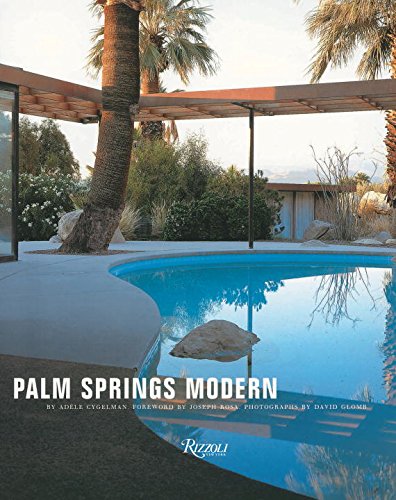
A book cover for Palm Springs Modern: Houses in the California Desert; Adele Cygelman; Crafts, Hobbies & Home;